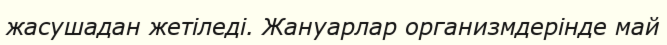
жасушадан жетіледі. Жануарлар организмдерінде май